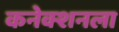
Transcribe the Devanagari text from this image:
कनेक्शनला